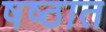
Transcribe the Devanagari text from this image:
षष्ठात